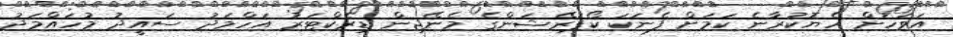
އަވަހަށް ހެޔޮކުރާނެ ކަމަށް ފެނަކަ ކޯޕަރޭޝަންގެ މެނޭޖިން ޑިރެކްޓަރު އަހްމަދު ސައީދު މުހައްމަދު